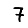
Digit: 7